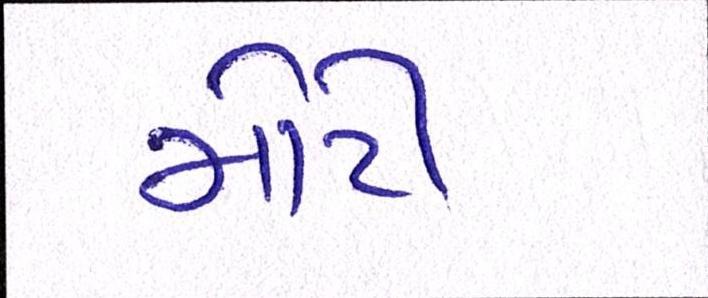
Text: મોટી